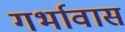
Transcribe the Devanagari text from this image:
गर्भावास